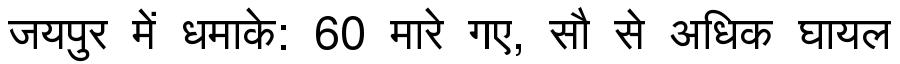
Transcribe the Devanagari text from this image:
जयपुर में धमाके: 60 मारे गए, सौ से अधिक घायल